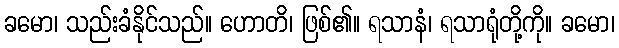
ခမော၊ သည်းခံနိုင်သည်။ ဟောတိ၊ ဖြစ်၏။ ရသာနံ၊ ရသာရုံတို့ကို။ ခမော၊